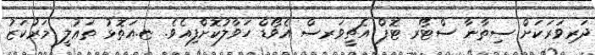
ދަރިވަރަކަށް ސިތާނާ ސްޓޯރ ޓޮޕް އެޗީވަރސް އެވޯޑް ހަވާލުކޮށްފިއެވެ. ޏ.އަތޮޅު ތަޢުލީ މަރުކަޒު